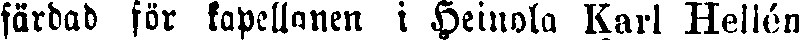
färdad för kapellanen i Heinola Karl Hellén